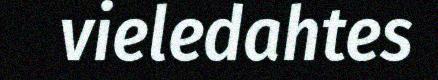
vieledahtes